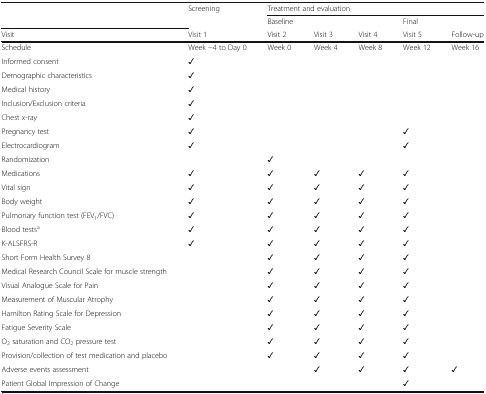
| <ROWSPAN=2>  | Screening | <COLSPAN=5> Treatment and evaluation |
 |  | Baseline |  |  | Final |  |
 | Visit | Visit 1 | Visit 2 | Visit 3 | Visit 4 | Visit 5 | Follow-up |
 | --- | --- | --- | --- | --- | --- | --- |
 | Schedule | Week −4 to Day 0 | Week 0 | Week 4 | Week 8 | Week 12 | Week 16 |
 | Informed consent | ✓ |  |  |  |  |  |
 | Demographic characteristics | ✓ |  |  |  |  |  |
 | Medical history | ✓ |  |  |  |  |  |
 | Inclusion/Exclusion criteria | ✓ |  |  |  |  |  |
 | Chest x-ray | ✓ |  |  |  |  |  |
 | Pregnancy test | ✓ |  |  |  | ✓ |  |
 | Electrocardiogram | ✓ |  |  |  | ✓ |  |
 | Randomization |  | ✓ |  |  |  |  |
 | Medications | ✓ | ✓ | ✓ | ✓ | ✓ |  |
 | Vital sign | ✓ | ✓ | ✓ | ✓ | ✓ |  |
 | Body weight | ✓ | ✓ | ✓ | ✓ | ✓ |  |
 | Pulmonary function test (FEV1/FVC) | ✓ | ✓ | ✓ | ✓ | ✓ |  |
 | Blood testsa | ✓ | ✓ | ✓ | ✓ | ✓ |  |
 | K-ALSFRS-R | ✓ | ✓ | ✓ | ✓ | ✓ |  |
 | Short Form Health Survey 8 |  | ✓ | ✓ | ✓ | ✓ |  |
 | Medical Research Council Scale for muscle strength |  | ✓ | ✓ | ✓ | ✓ |  |
 | Visual Analogue Scale for Pain |  | ✓ | ✓ | ✓ | ✓ |  |
 | Measurement of Muscular Atrophy |  | ✓ | ✓ | ✓ | ✓ |  |
 | Hamilton Rating Scale for Depression |  | ✓ | ✓ | ✓ | ✓ |  |
 | Fatigue Severity Scale |  | ✓ | ✓ | ✓ | ✓ |  |
 | O2 saturation and CO2 pressure test |  | ✓ | ✓ | ✓ | ✓ |  |
 | Provision/collection of test medication and placebo |  | ✓ | ✓ | ✓ | ✓ |  |
 | Adverse events assessment |  |  | ✓ | ✓ | ✓ | ✓ |
 | Patient Global Impression of Change |  |  |  |  | ✓ |  |